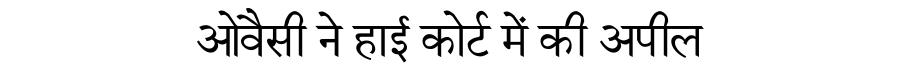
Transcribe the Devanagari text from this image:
ओवैसी ने हाई कोर्ट में की अपील